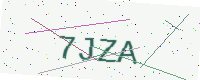
Text: 7JZA